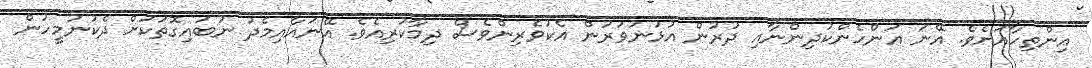
އިންތިހާއަށެވެ. އޭނަ އަންހެންކުދިންނާއި ދުރުން އުޅުނުވަރުން އެކުވެރިންވެސް ދިމާކުރިއެވެ. އޭނައާއިމެދު ނުބައިގޮތަކަށް ދެކުނުމީހުން